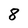
Character: 8